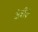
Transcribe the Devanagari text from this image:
क्षेत्रीये